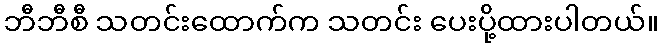
ဘီဘီစီ သတင်းထောက်က သတင်း ပေးပို့ထားပါတယ်။